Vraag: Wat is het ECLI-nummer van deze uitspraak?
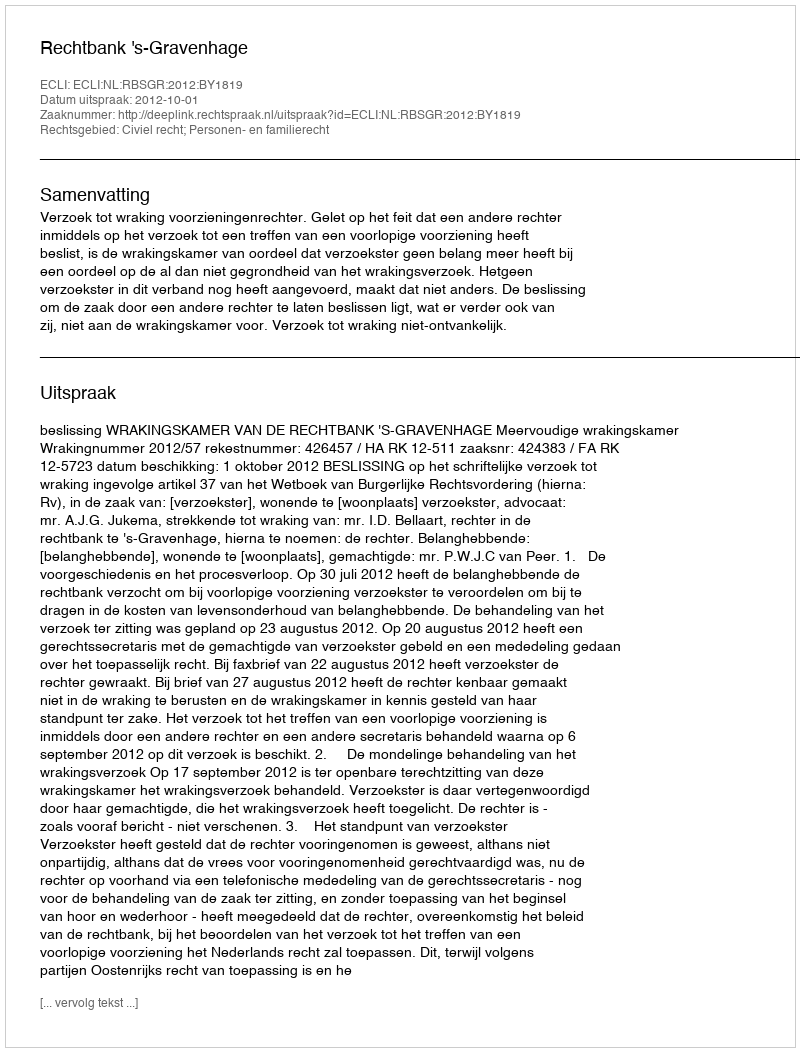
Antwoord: ECLI:NL:RBSGR:2012:BY1819